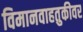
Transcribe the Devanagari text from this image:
विमानवाहतुकीवर